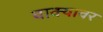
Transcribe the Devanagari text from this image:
वाक्यावर